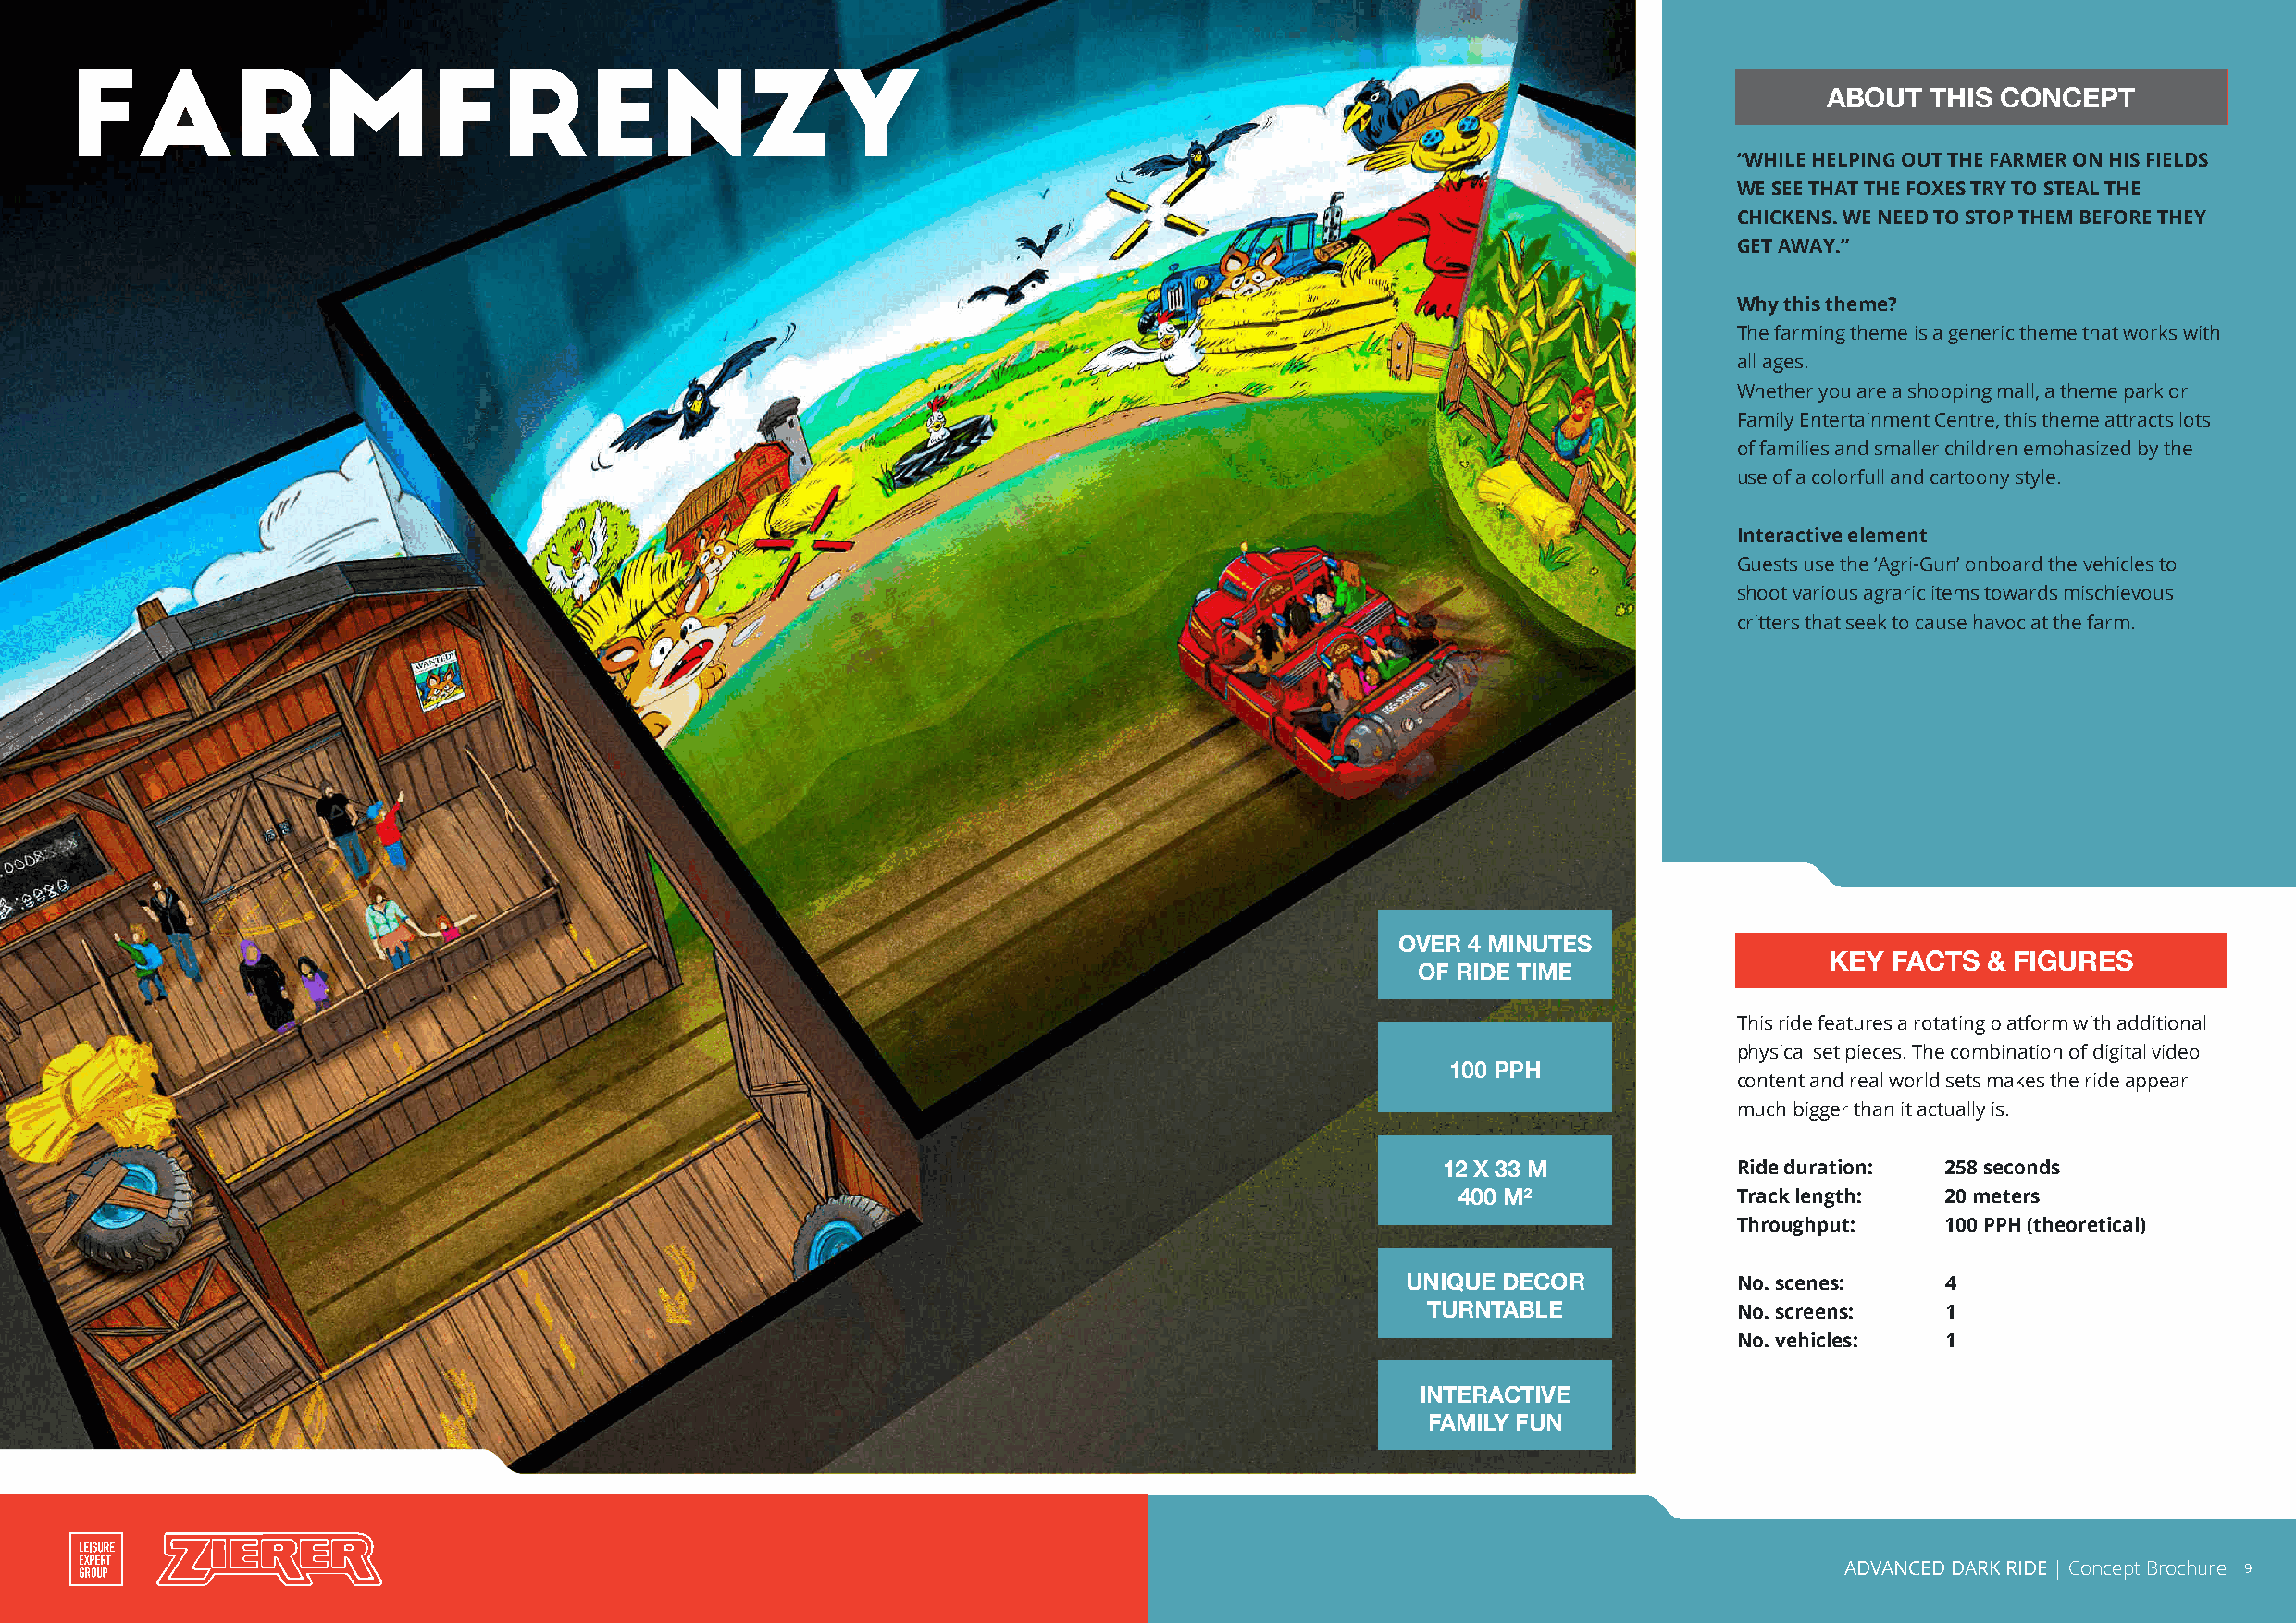
FARMFRENZY
 AABBOOUUTT TTHHIISS CCOONNCCEEPPTT
 “WHILE HELPING OUT THE FARMER ON HIS FIELDS
 WE SEE THAT THE FOXES TRY TO STEAL THE
 CHICKENS. WE NEED TO STOP THEM BEFORE THEY
 GET AWAY.”
 Why this theme?
 The farming theme is a generic theme that works with
 all ages.
 Whether you are a shopping mall, a theme park or
 Family Entertainment Centre, this theme attracts lots
 of families and smaller children emphasized by the
 use of a colorfull and cartoony style.
 Interactive element
 Guests use the ‘Agri-Gun’ onboard the vehicles to
 shoot various agraric items towards mischievous
 critters that seek to cause havoc at the farm.
 OVER 4 MINUTES
 KEY FACTS  & FIGURES
 OF RIDE TIME
 This ride features a rotating platform with additional
 physical set pieces. The combination of digital video
 100 PPH
 content and real world sets makes the ride appear
 much bigger than it actually is.
 12 X 33 M            Ride duration: 258 seconds
 400 M²              Track length:  20 meters
 Throughput:    100 PPH (theoretical)
 UNIQUE DECOR
 No. scenes:    4
 TURNTABLE
 No. screens:   1
 No. vehicles:  1
 INTERACTIVE
 FAMILY FUN
 ADVANCED DARK RIDE | Concept Brochure 9